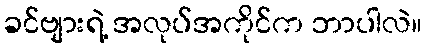
ခင်ဗျားရဲ့ အလုပ်အကိုင်က ဘာပါလဲ။